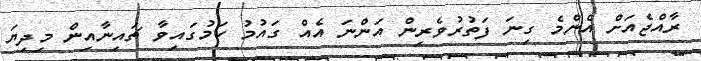
ރާއްޖެއަށް އެންމެ ގިނަ ފަތުރުވެރިން އަންނަ އެއް ގައުމު ކަމުގައިވާ ޗައިނާއިން މިދިޔަ